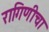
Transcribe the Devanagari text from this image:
रागिणीचा